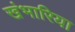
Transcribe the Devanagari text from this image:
खंभारिया